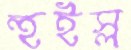
হুইস্ল